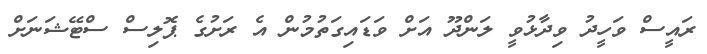
ރައީސް ވަހީދު ވިދާޅުވީ ލަންދޫ އަށް ވަޑައިގަތުމުން އެ ރަށުގެ ޕޮލިސް ސްޓޭޝަނަށް